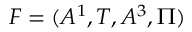
F = ( A ^ { 1 } , T , A ^ { 3 } , \Pi )